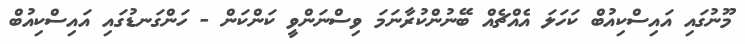
މޫނުގައި އައިސްކިއުބް ކަހަލަ އެއްޗެއް ބޭނުންކުރާނަމަ ވިސްނަންވީ ކަންކަން - ހަންގަނޑުގައި އައިސްކިއުބް